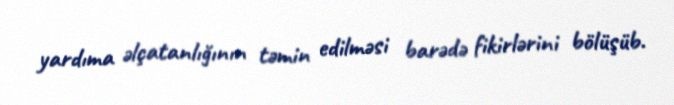
yardıma əlçatanlığının təmin edilməsi barədə fikirlərini bölüşüb.